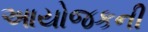
આયોજકની